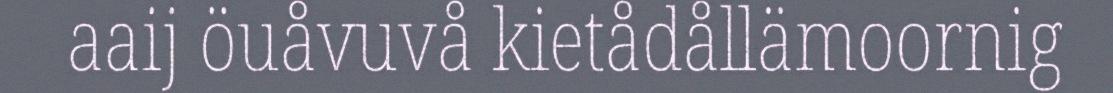
aaij öuåvuvå kietådållämoornig